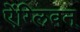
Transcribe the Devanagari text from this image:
ऐंग्लिवन्